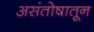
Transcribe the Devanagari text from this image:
असंतोषातून